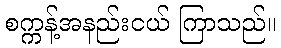
စက္ကန့်အနည်းငယ် ကြာသည်။